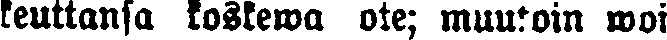
keuttansa koskewa ote; muutoin woi